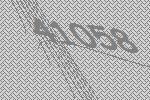
41058